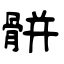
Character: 骿